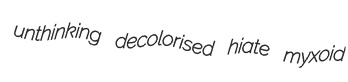
unthinking decolorised hiate myxoid